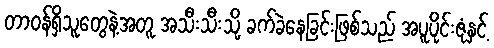
တာဝန်ရှိသူတွေနဲ့အတူ အသီးသီးသို့ ခက်ခဲနေခြင်းဖြစ်သည် အပူပိုင်းဇုံနှင့်